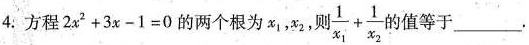
4. 方程$$2x^{2}+3x-1=0$$的两个根为x_{1}，x_{2}， 则$$\frac{1}{x_{1}}+ \frac{1}{x_{2}}$$ 的值等于___.